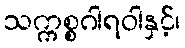
သက္ကစ္စဂါရဝါနှင့်၊